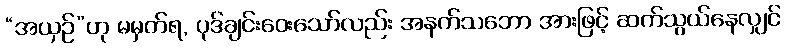
“အယှဉ်”ဟု မမှတ်ရ, ပုဒ်ချင်းဝေးသော်လည်း အနက်သဘော အားဖြင့် ဆက်သွယ်နေလျှင်